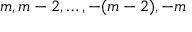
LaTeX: m , m - 2 , \ldots , - ( m - 2 ) , - m